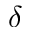
\delta